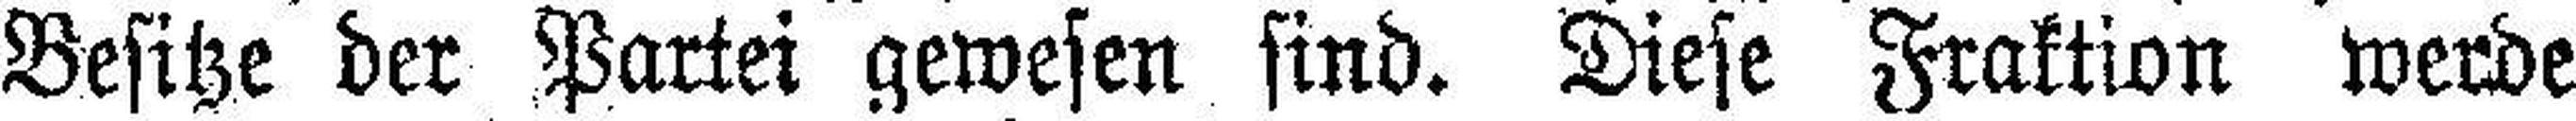
Besitze der Partei gewesen sind. Diese Fraktion werde